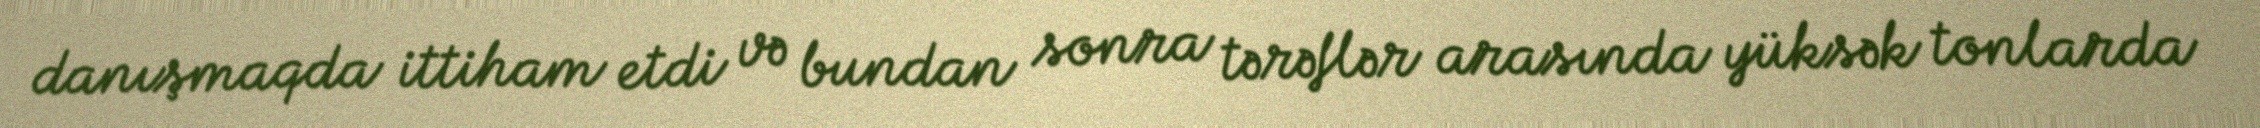
danışmaqda ittiham etdi və bundan sonra tərəflər arasında yüksək tonlarda